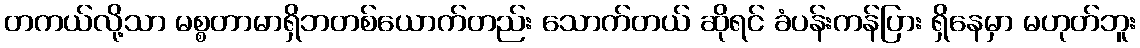
တကယ်လို့သာ မစ္စတာမာရှိဘတစ်ယောက်တည်း သောက်တယ် ဆိုရင် ခံပန်းကန်ပြား ရှိနေမှာ မဟုတ်ဘူး